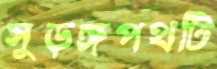
সুড়ঙ্গপথটি